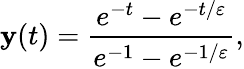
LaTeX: \mathbf{y}(t)={\frac{{e^{-t}-e^{-t/\varepsilon}}}{{e^{-1}-e^{-1/\varepsilon}}}},